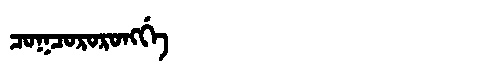
Manchu: ᠴᠣᡴᠴᠣᡵᠣᡵᠣᠩᡤᡝ
Romanization: COKCORORONGGE